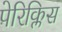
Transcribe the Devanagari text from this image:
पेरिक्लिस